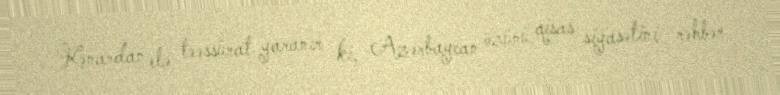
Kənardan elə təəssürat yaranır ki, Azərbaycan özünü qisas siyasətini rəhbər